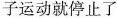
子运动就停止了